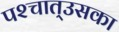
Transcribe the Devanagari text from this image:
पश्‍चात्‌उसका